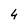
Character: 4